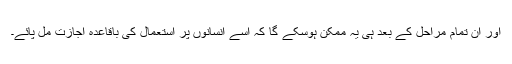
اور ان تمام مراحل کے بعد ہی یہ ممکن ہوسکے گا کہ اسے انسانوں پر استعمال کی باقاعدہ اجازت مل پائے۔